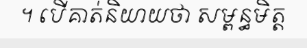
។ បើគាត់និយាយថា សម្ពន្ធមិត្ត